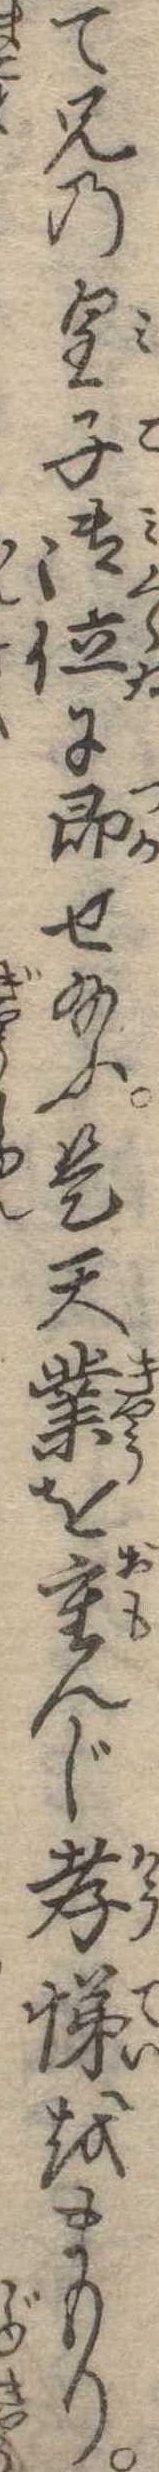
て兄の皇子御位に即せ給ふ是天業を重んじ孝悌をまもり